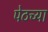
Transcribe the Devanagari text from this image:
पेठच्या